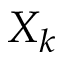
X _ { k }